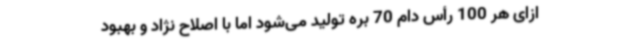
ازای هر 100 رأس دام 70 بره تولید می‌شود اما با اصلاح نژاد و بهبود